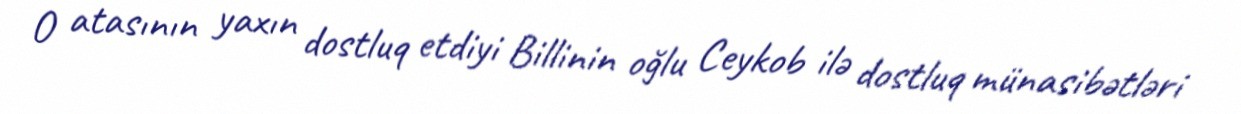
O atasının yaxın dostluq etdiyi Billinin oğlu Ceykob ilə dostluq münasibətləri